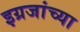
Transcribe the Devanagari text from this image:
इग्रजांच्या